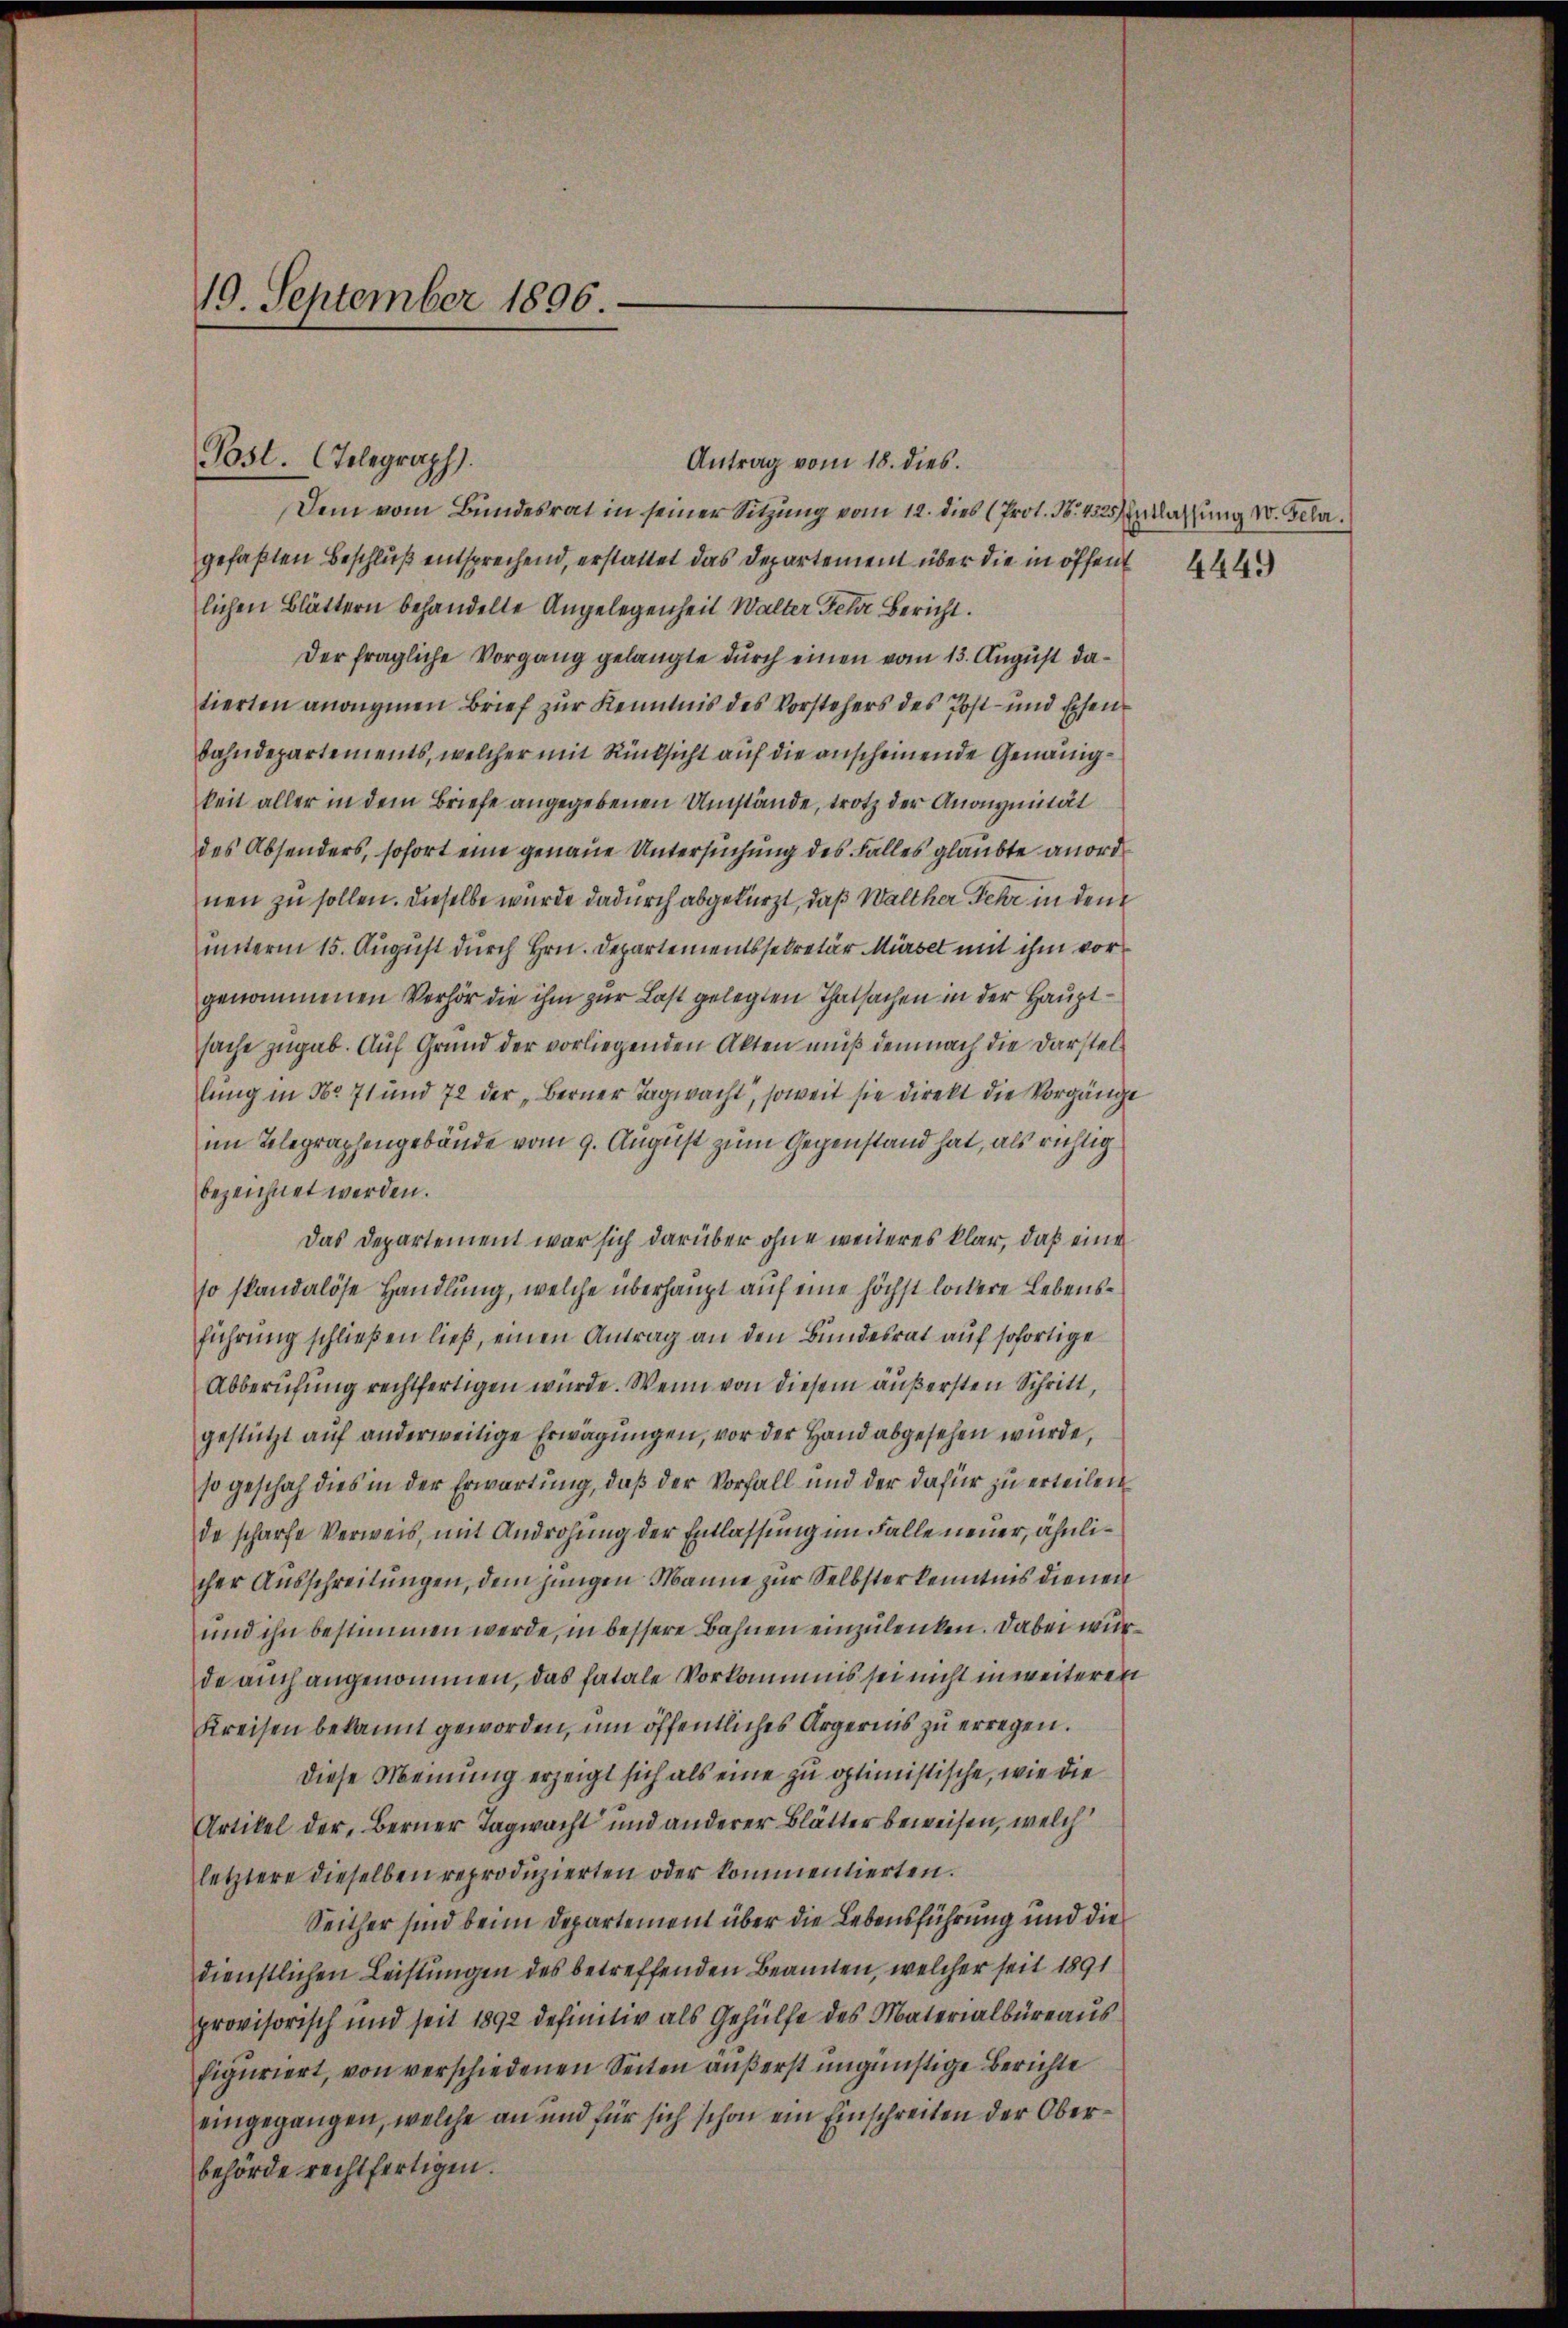
19. September 1896.

Post. Telegraph.

Antrag vom 18. dies.
Dem vom Bundesrat in seiner Sitzung vom 12. dies (Prot. N. 452. Entlassung 10. Geha
gefaßten Beschluß entsprechend, erstattet das Departement über die in öffent
lichen Blättern behandelte Angelegenheit Walter Fehr Bericht.
Der fragliche Vorgang gelangte durch einen vom 13. August datierten anangenen Brief zur Kenntnis des Vorstehers des Post- und Eisen
bahndepartements, welcher mit Rücksicht auf die anscheinende Genauigkeit aller in dem Briefe angegebenen Umstände, trotz der Anonymität
des Absonders, sofort eine genaue Untersuchung des Falles glaubte anord
nen zu sollen. Dieselbe wurde dadurch abgekürzt, daß Walther Fehr in den
unterm 15. August durch Hrn. Departementssekretär Mürse mit ihm vorgenommenen Verhör die ihm zur Last gelegten Thatsachen in der Hauptsache zugab. Auf Grund der vorliegenden Akten muß demnach die Darstellung in No 71 und 72 der „Berner Tagwacht, soweit sie direkt die Vorgänge
im Telegraphengebäude vom 9. August zum Gegenstand hat, als richtig
bezeichnet werden.
Das Departement war sich darüber ohne weiteres klar, daß eine
so standalöse Handlung, welche überhaupt auf eine höchst lockere Lebensführung schließen ließ, einen Antrag an den Bundesrat auf sofortige
Abberufung rechtfertigen würde. Wenn von diesem äußersten Schritt,
gestützt auf anderweitige Erwägungen, vor der Hand abgesehen wurde,
so geschah dies in der Erwartung, daß der Vorfall und der dafür zu erteilen
de scharfe Verweis, mit Androhung der Entlassung im Falle neuer, ähnlicher Ausschreitungen, dem jungen Manne zur Selbsterkenntnis dienen
und ihn bestimmen werde, in bessere Bahnen einzulenken. Dabei wurde auch angenommen, das fatale Vorkommis sei nicht in weiteren
Kreisen bekannt geworden, um öffentliches Ärgernis zu erregen.
diese Meinung erzeigt sich als eine zu optimistische, wie die
Artikel der, Berner Tagwacht und anderer Blätter beweisen, welch
letztere dieselben reproduzierten oder kommentierten.
Seither sind beim Departement über die Lebensführung und die
dienstlichen Leistungen des betreffenden Beamten, welcher seit 1891
provisorisch und seit 1892 definitiv als Gehülfe des Materialbüreaus
figuriert, von verschiedenen Seiten äußerst ungünstige Berichte
eingegangen, welche an und für sich schon ein Einschreiten der Oberbehörde rechtfertigen.

4449